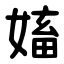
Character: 㜅